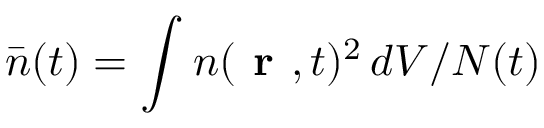
\bar { n } ( t ) = \int _ { } ^ { } n ( \textbf { r } , t ) ^ { 2 } \, d V / N ( t )